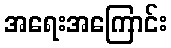
အရေးအကြောင်း